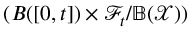
( B ( [ 0 , t ] ) \times \mathcal { F } _ { t } / \mathbb { B ( \mathcal { X } ) } )